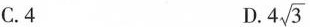
C.4 D. 4 \sqrt{3}